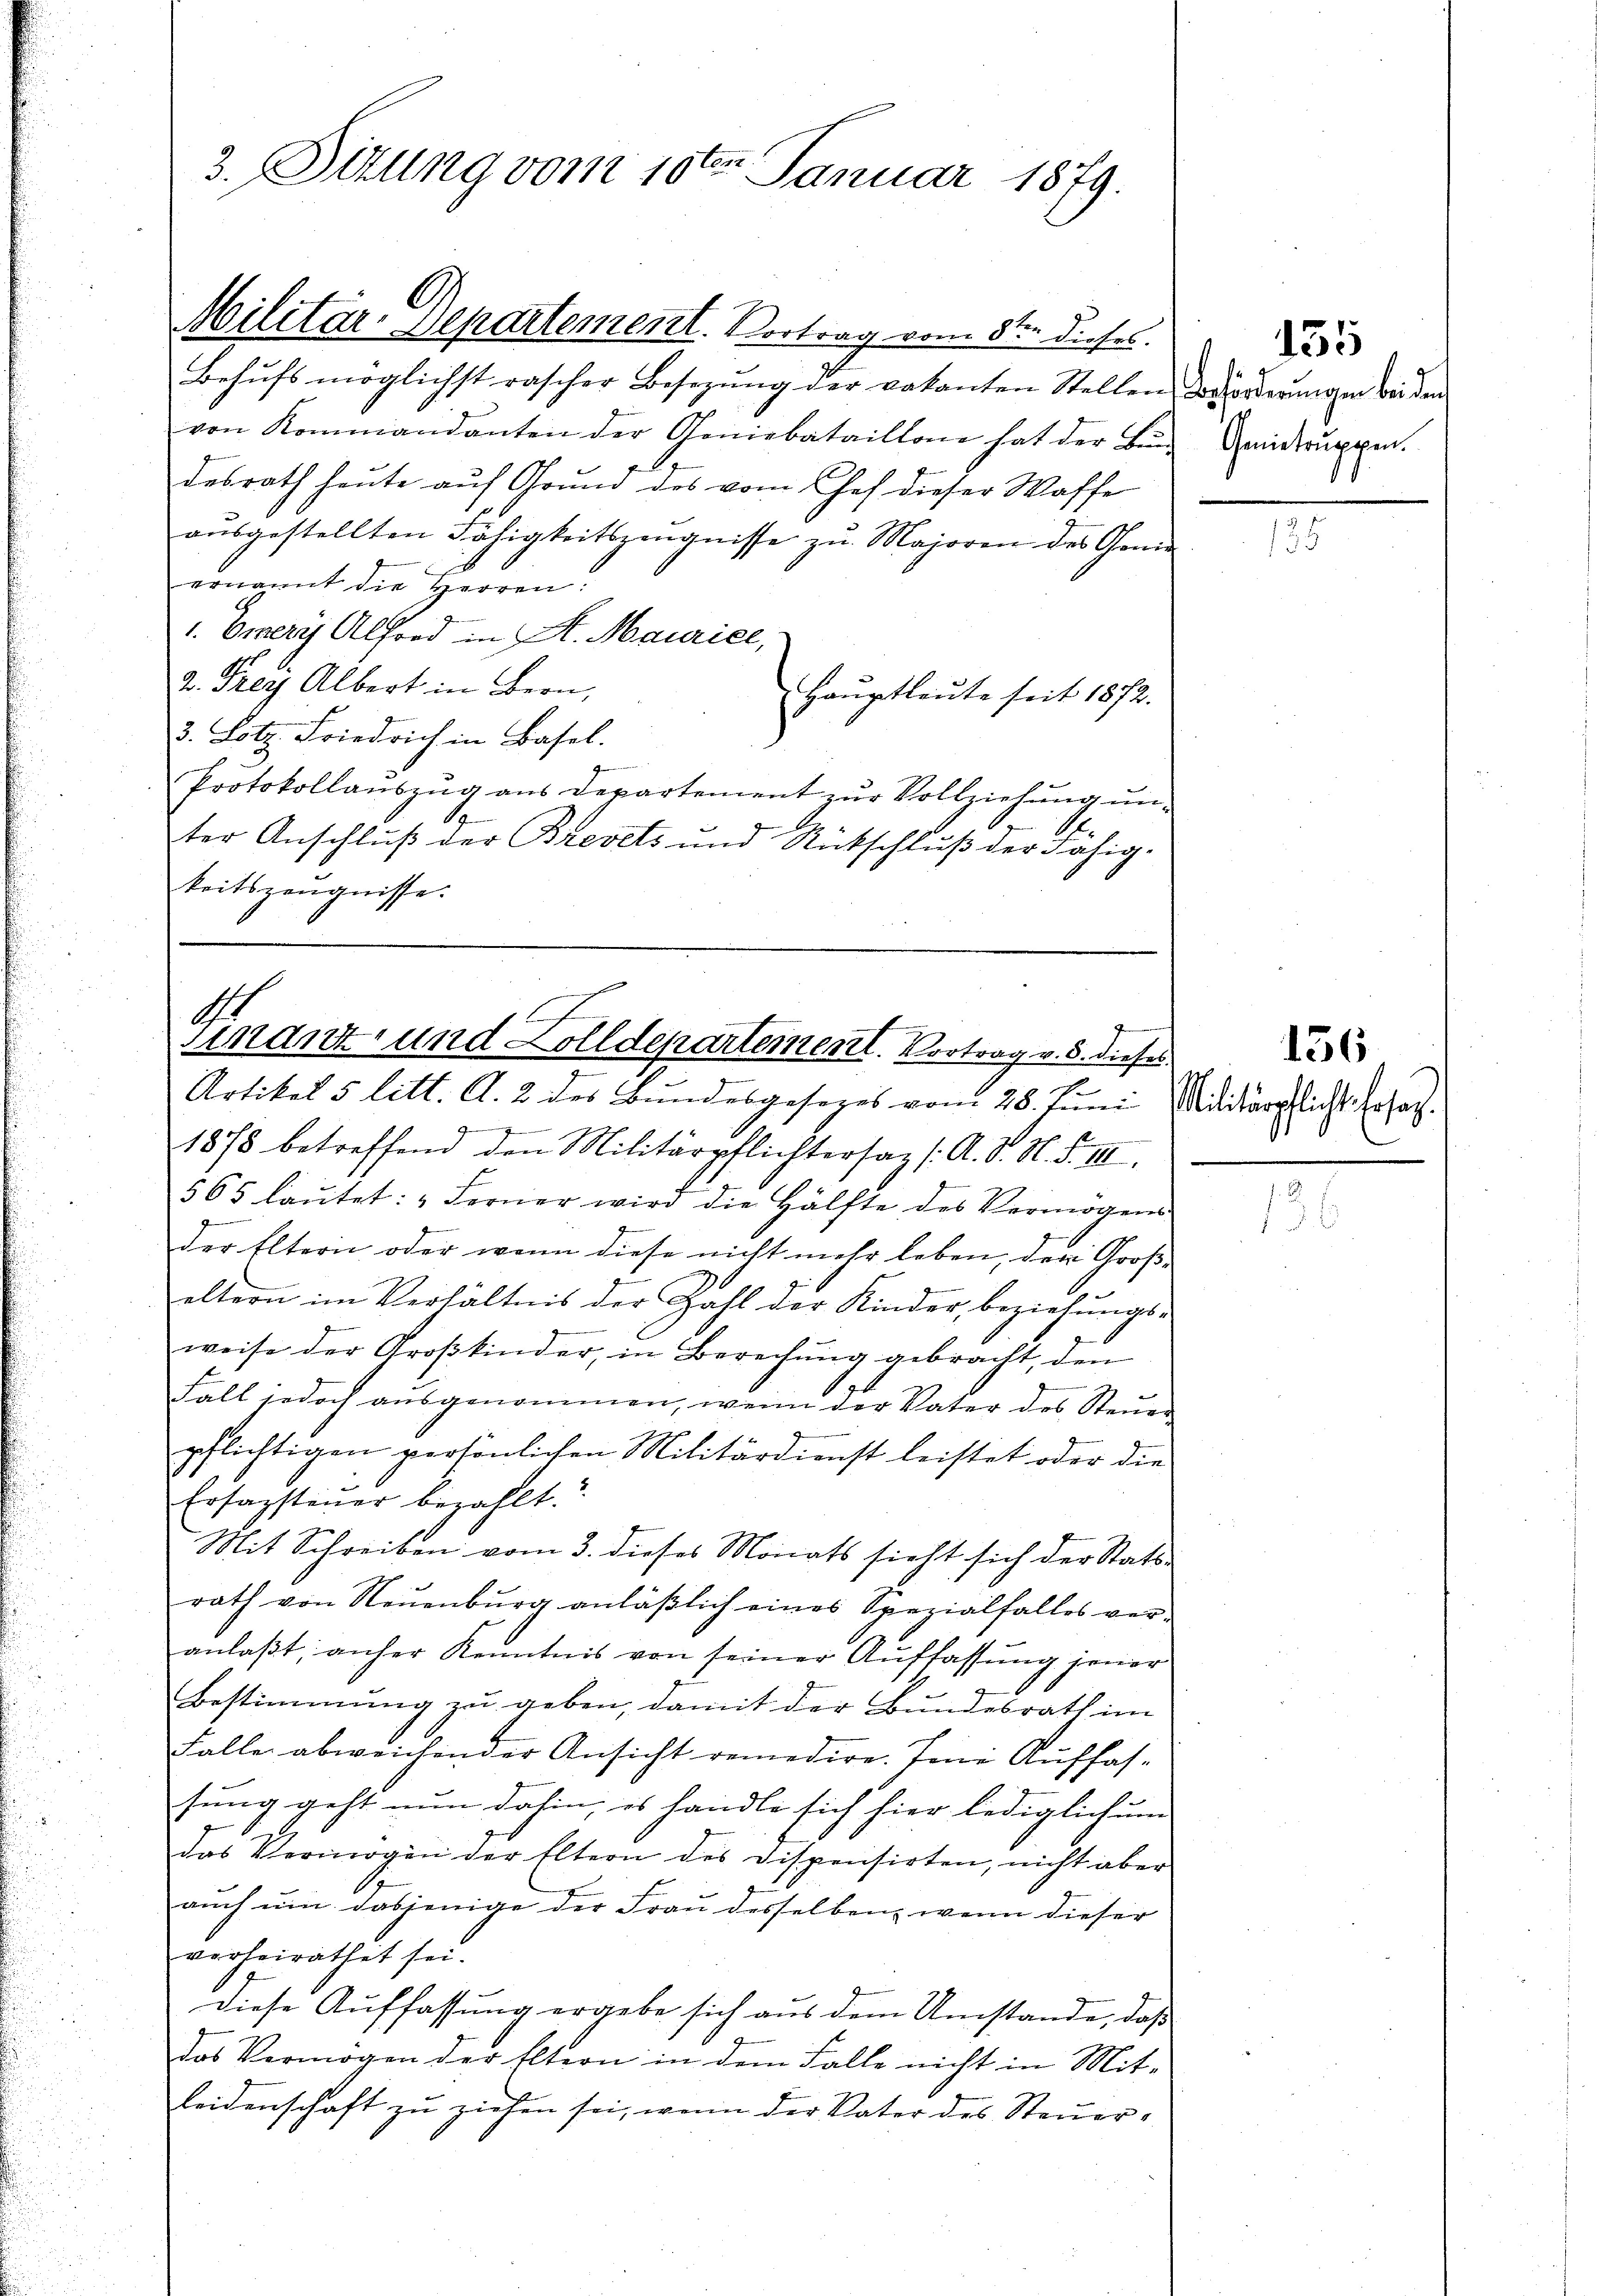
3. Sizung vom 10ten Januar 1879.

Militar-Departement. Vortrag vom 8ten dieses.
Behufs möglichst rascher Besetzung der vakanten Stellen Verorderungen wir den
von Kommandanten der Geniebataillone hat der Bei eintruppen.
desrath heute auf Grund des vom Chef dieser Waffe
ausgestellten Fähigkeitszeugnisse zu Majoren des Genie
ernannt die Herren:
1. Omery Alfond in A. Maurice,
2. Frey Albert in Bern,
Haŭptleute seit 1872.
3. Lotz Friedrich in Basel.
Protokollauszug aus Departement zur Vollziehung un¬
S
A
A
ter Anschluß der Brevets und Rückschluß der Fähig-
keitszeugnisse.

Finanz- und Zolldepartement. Vortrag v. 5. dieses

d
Artikel 5 litt. A. 2 des Bundesgesezes vom 28. Juni Militärglicht. Ersat
g
1878 betreffend den Militärpflichtersaz /: A. S. H. S. III.
J
565 laŭtet: „Ferner wird die Hälfte des Vermögens
Der Eltern oder wenn diese nicht mehr leben, der Großeltern im Verhältnis der Zahl der Kinder, beziehungs-
weise der Großkinder, in Berechung gebracht, den
Fall jedoch ausgenommen, wenn der Vater des Steuer
pflichtigen persönlichen Militärdienst leistet oder die
Ersazsteuer bezahlt.“
Mit Schreiben vom 3. dieses Monats sieht sich der Stats-
rath von Neuenburg anläβlich eines Spezialfalles ver-
anlaßt, anher Kenntnis von seiner Auffassung jener
Bestimmung zu geben, damit der Bundesrath im
Falle abweichender Ansicht remedire. Im Auffassung geht nun dahin, es handle sich hier lediglich um
das Vermögen der Eltern des Dispensirten, nicht aber
auch um dasjenige der Frau desselben, wenn dieser
verheirathet sei.
Diese Auffassung ergebe sich aus dem Umstände, daß
das Vermögen der Eltern in dem Falle nicht in Mit-
Leidenschaft zu ziehen sei, wenn der Vater des Steuer¬

155

136